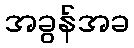
အခွန်အခ